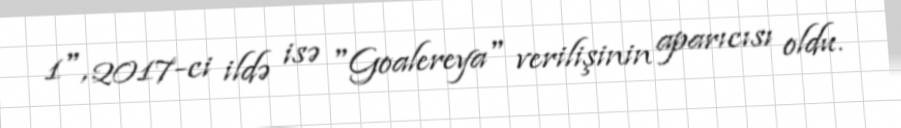
1", 2017-ci ildə isə "Goalereya" verilişinin aparıcısı oldu.